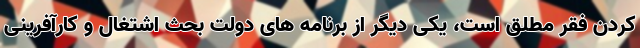
کردن فقر مطلق است، یکی دیگر از برنامه های دولت بحث اشتغال و کارآفرینی